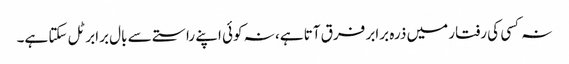
نہ کسی کی رفتار میں ذرہ برابر فرق آتا ہے، نہ کوئی اپنے راستے سے بال برابر ٹل سکتا ہے۔